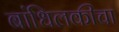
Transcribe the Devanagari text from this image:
बांधिलकीचा